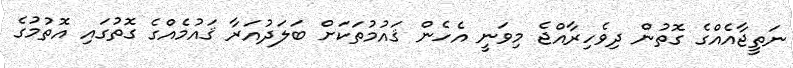
ނަތީޖާއެއްގެ ގޮތުން ދިވެހިރާއްޖެ މިވަނީ އެހެން ޤައުމުތަކަށް ބަލަދުއަރާ ޤައުމެއްގެ ގޮތުގައި އޮތުމުގެ